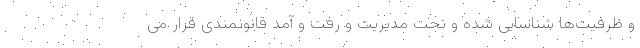
و ظرفیت‌ها شناسایی شده و تحت مدیریت و رفت و آمد قانونمندی قرار می